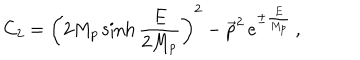
LaTeX: C _ { 2 } = \left( 2 M _ { p } \sinh \frac { E } { 2 M _ { p } } \right) ^ { 2 } - \overrightarrow { p } ^ { 2 } \, e ^ { \pm \frac { E } { M _ { p } } } \, ,